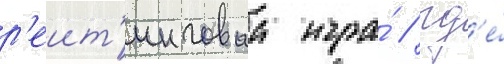
р'еит'инговаа игра́ / гд'е́